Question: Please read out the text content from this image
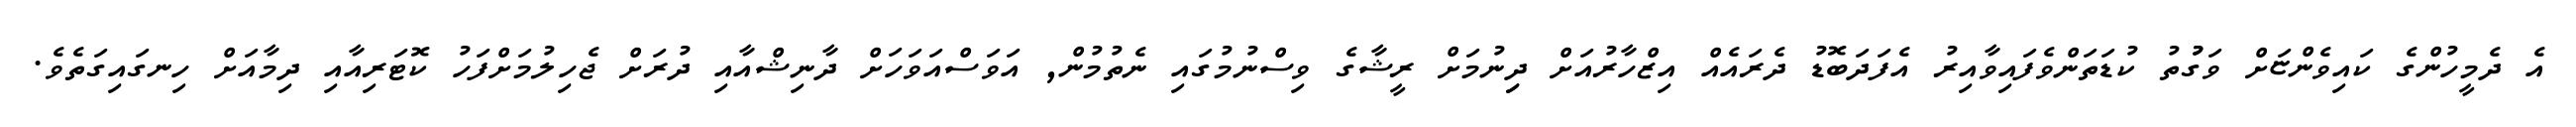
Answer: އެ ދެމީހުންގެ ކައިވެންޏަށް ވަގުުތު ކުޑަތަންވެފައިވާއިރު އެފަދަބޮޑު ދެރައެއް އިޒްހާރުއަށް ދިިނުމަށް ރީޝާގެ ވިސްނުމުގައި ނެތުމުން, އަވަސްއަވަހަށް ދާނިޝްއާއި ދުރަށް ޖެހިލުމަށްފަހު ކޮޓަރިއާއި ދިމާއަށް ހިނގައިގަތެވެ.